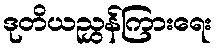
ဒုတိယညွှန်ကြားရေး